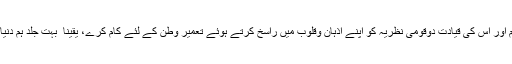
اس وقت ضرورت اس امر کی ہے کہ قوم اور اس کی قیادت دوقومی نظریہ کو اپنے اذہان وقلوب میں راسخ کرتے ہوئے تعمیر وطن کے لئے کام کرے، یقینا ً بہت جلد ہم دنیا کی مضبوط ترین قوم بن کر ابھریں گے۔